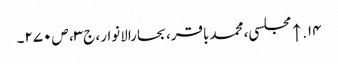
۱۴. ↑ مجلسی، محمدباقر، بحارالانوار، ج‌۳، ص‌۲۷۰۔